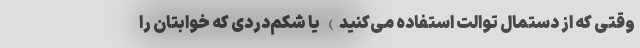
وقتی که از دستمال توالت استفاده می‌کنید) یا شکم‌دردی که خوابتان را